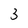
Character: 3